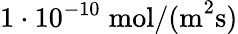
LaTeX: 1\cdot 10^{-10}\; \mathrm{mol/(m}^{2}\mathrm{s)}